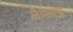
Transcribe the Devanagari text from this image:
लैप्लास